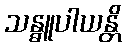
သန္ဓူပါယန္တိ